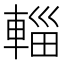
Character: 輜